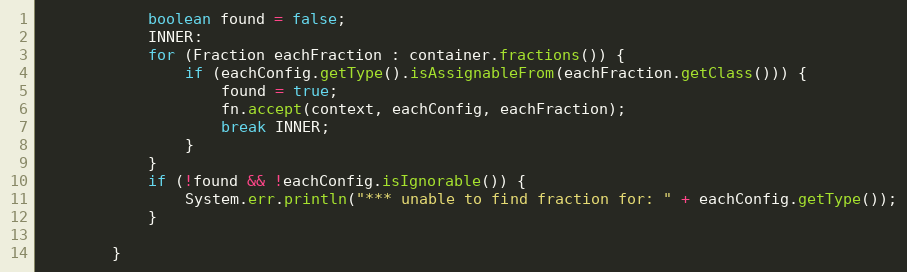
Language: Java
            boolean found = false;
            INNER:
            for (Fraction eachFraction : container.fractions()) {
                if (eachConfig.getType().isAssignableFrom(eachFraction.getClass())) {
                    found = true;
                    fn.accept(context, eachConfig, eachFraction);
                    break INNER;
                }
            }
            if (!found && !eachConfig.isIgnorable()) {
                System.err.println("*** unable to find fraction for: " + eachConfig.getType());
            }

        }